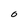
Character: O